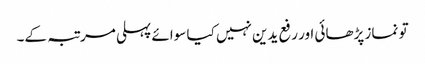
تو نماز پڑھائی اور رفع یدین نہیں کیا سوائے پہلی مرتبہ کے۔